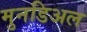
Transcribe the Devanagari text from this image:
मुनडिअल